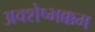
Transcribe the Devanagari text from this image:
अवशेष्भक्कम